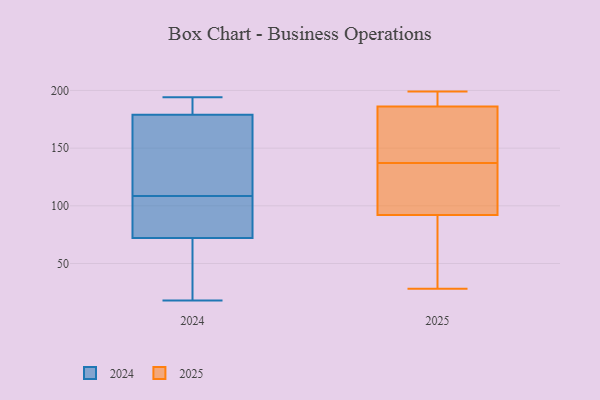
{"axis": {"x": "Population (Million)", "y": "Value"}, "legend": ["2024", "2025"], "data": [{"x": "", "y": 186, "type": "2024"}, {"x": "", "y": 188, "type": "2024"}, {"x": "", "y": 32, "type": "2024"}, {"x": "", "y": 18, "type": "2024"}, {"x": "", "y": 164, "type": "2024"}, {"x": "", "y": 78, "type": "2024"}, {"x": "", "y": 110, "type": "2024"}, {"x": "", "y": 84, "type": "2024"}, {"x": "", "y": 72, "type": "2024"}, {"x": "", "y": 194, "type": "2024"}, {"x": "", "y": 107, "type": "2024"}, {"x": "", "y": 27, "type": "2024"}, {"x": "", "y": 160, "type": "2024"}, {"x": "", "y": 179, "type": "2024"}, {"x": "", "y": 183, "type": "2025"}, {"x": "", "y": 187, "type": "2025"}, {"x": "", "y": 86, "type": "2025"}, {"x": "", "y": 168, "type": "2025"}, {"x": "", "y": 199, "type": "2025"}, {"x": "", "y": 28, "type": "2025"}, {"x": "", "y": 194, "type": "2025"}, {"x": "", "y": 71, "type": "2025"}, {"x": "", "y": 129, "type": "2025"}, {"x": "", "y": 137, "type": "2025"}, {"x": "", "y": 110, "type": "2025"}]}